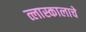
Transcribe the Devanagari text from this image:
त्लास्कालाचे